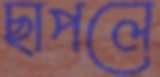
ছাপলে